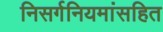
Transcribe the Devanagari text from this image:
निसर्गनियमांसहित